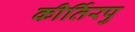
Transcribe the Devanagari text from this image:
कीर्तिरपु